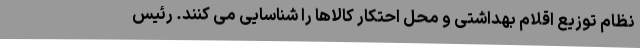
نظام توزیع اقلام بهداشتی و محل احتکار کالاها را شناسایی می کنند. رئیس